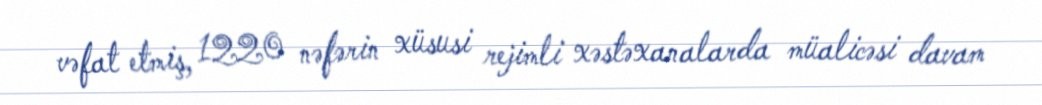
vəfat etmiş, 1220 nəfərin xüsusi rejimli xəstəxanalarda müalicəsi davam